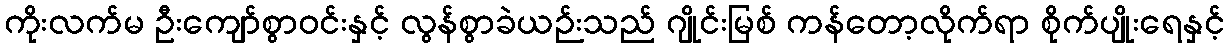
ကိုးလက်မ ဦးကျော်စွာဝင်းနှင့် လွန်စွာခဲယဉ်းသည် ဂျိုင်းမြစ် ကန်တော့လိုက်ရာ စိုက်ပျိုးရေနှင့်